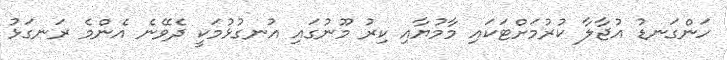
ހަންގަނޑު އުޖާލާ ކުރުމަށްޓަކައި މާމުޔާއި ކިރު މޫނުގައި އުނގުޅުމަކީ ދެވޭނެ އެންމެ ރަނގަޅު